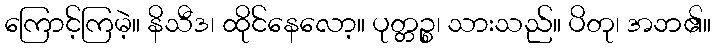
ကြောင့်ကြမဲ့။ နိသီဒ၊ ထိုင်နေလော့။ ပုတ္တဉ္စ၊ သားသည်။ ပိတု၊ အဘ၏။